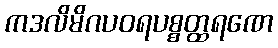
ကဒလိမိဂပဝရပစ္စတ္ထရဏေ